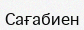
Сағабиен